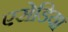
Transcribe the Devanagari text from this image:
एसेडिया